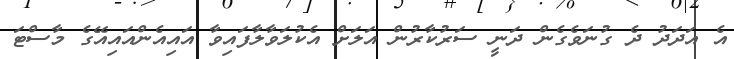
އެ އަދަދު ދެ ގުނަވެގެން ދަނީ ސަރުކާރުން އަލަށް އެކުލަވާލާފައިވާ އައިއެންއައިއޭގެ މާސްޓަ